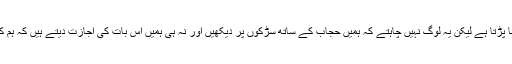
ہم خواتین سخت حالات سے گزرنا پڑتا ہے لیکن یہ لوگ نہیں چاہتے کہ ہمیں حجاب کے ساتھ سڑکوں پر دیکھیں اور نہ ہی ہمیں اس بات کی اجازت دیتے ہیں کہ ہم کھانے پینے کی اشیاء خرید سکیں۔